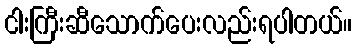
ငါးကြီးဆီသောက်ပေးလည်းရပါတယ်။